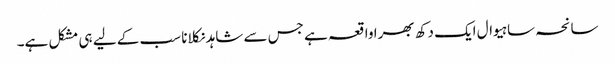
سانحہ ساہیوال ایک دکھ بھرا واقعہ ہے جس سے شاہد نکلانا سب کے لیے ہی مشکل ہے۔